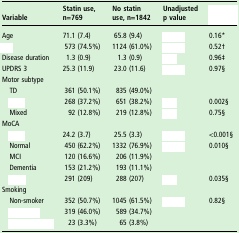
<table><thead><tr><td><b>Variable</b></td><td><b>Statin use, n=769</b></td><td><b>No statin use, n=1842</b></td><td><b>Unadjusted p value</b></td><td>[EMPTY_CELL]</td></tr></thead><tbody><tr><td>Age</td><td>71.1 (7.4)</td><td>65.8 (9.4)</td><td>[EMPTY_CELL]</td><td>0.16*</td></tr><tr><td>[EMPTY_CELL]</td><td>573 (74.5%)</td><td>1124 (61.0%)</td><td>[EMPTY_CELL]</td><td>0.52†</td></tr><tr><td>Disease duration</td><td>1.3 (0.9)</td><td>1.3 (0.9)</td><td>[EMPTY_CELL]</td><td>0.96‡</td></tr><tr><td>UPDRS 3</td><td>25.3 (11.9)</td><td>23.0 (11.6)</td><td>[EMPTY_CELL]</td><td>0.97§</td></tr><tr><td colspan="5">Motor subtype</td></tr><tr><td> TD</td><td>361 (50.1%)</td><td>835 (49.0%)</td><td>[EMPTY_CELL]</td><td>[EMPTY_CELL]</td></tr><tr><td>[EMPTY_CELL]</td><td>268 (37.2%)</td><td>651 (38.2%)</td><td>[EMPTY_CELL]</td><td>0.002§</td></tr><tr><td> Mixed</td><td>92 (12.8%)</td><td>219 (12.8%)</td><td>[EMPTY_CELL]</td><td>0.75§</td></tr><tr><td colspan="5">MoCA</td></tr><tr><td>[EMPTY_CELL]</td><td>24.2 (3.7)</td><td>25.5 (3.3)</td><td>[EMPTY_CELL]</td><td>&lt;0.001§</td></tr><tr><td> Normal</td><td>450 (62.2%)</td><td>1332 (76.9%)</td><td>[EMPTY_CELL]</td><td>0.010§</td></tr><tr><td> MCI</td><td>120 (16.6%)</td><td>206 (11.9%)</td><td>[EMPTY_CELL]</td><td>[EMPTY_CELL]</td></tr><tr><td> Dementia</td><td>153 (21.2%)</td><td>193 (11.1%)</td><td>[EMPTY_CELL]</td><td>[EMPTY_CELL]</td></tr><tr><td>[EMPTY_CELL]</td><td>291 (209)</td><td>288 (207)</td><td>[EMPTY_CELL]</td><td>0.035§</td></tr><tr><td colspan="5">Smoking</td></tr><tr><td> Non-smoker</td><td>352 (50.7%)</td><td>1045 (61.5%)</td><td>[EMPTY_CELL]</td><td>0.82§</td></tr><tr><td>[EMPTY_CELL]</td><td>319 (46.0%)</td><td>589 (34.7%)</td><td>[EMPTY_CELL]</td><td>[EMPTY_CELL]</td></tr><tr><td>[EMPTY_CELL]</td><td>23 (3.3%)</td><td>65 (3.8%)</td><td>[EMPTY_CELL]</td><td>[EMPTY_CELL]</td></tr></tbody></table>